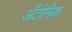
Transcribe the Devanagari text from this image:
अँटोमिक